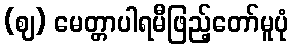
(ဈ) မေတ္တာပါရမီဖြည့်တော်မူပုံ